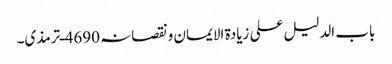
باب الدلیل علی زیادۃ الایمان ونقصانہ 4690ـ ترمذی۔